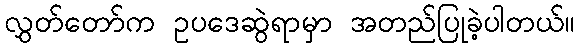
လွှတ်တော်က ဥပဒေဆွဲရာမှာ အတည်ပြုခဲ့ပါတယ်။